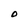
Character: O